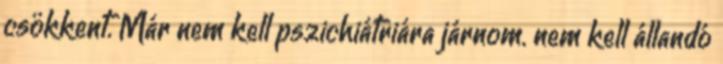
csökkent. Már nem kell pszichiátriára járnom. nem kell állandó